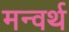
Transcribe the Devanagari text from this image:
मन्वर्थ